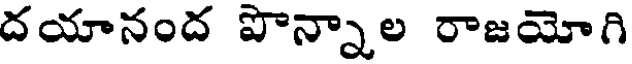
దయానంద పొన్నాల రాజయోగి